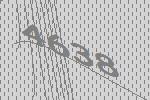
4638